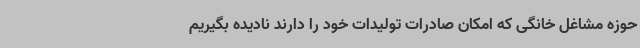
حوزه مشاغل خانگی که امکان صادرات تولیدات خود را دارند نادیده بگیریم